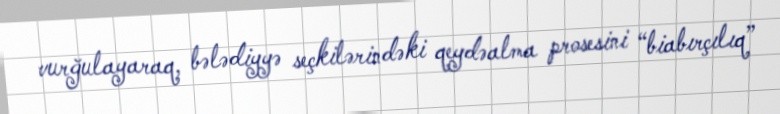
vurğulayaraq, bələdiyyə seçkilərindəki qeydəalma prosesini “biabırçılıq”